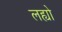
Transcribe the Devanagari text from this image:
लह्यो